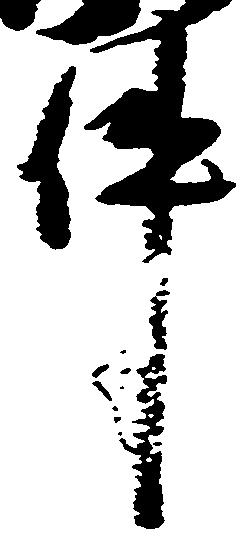
件